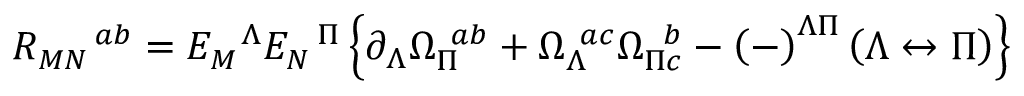
R _ { M N } ^ { \ \ \ \ a b } = E _ { M } ^ { \ \ \Lambda } E _ { N } ^ { \ \ \Pi } \left\{ \partial _ { \Lambda } \Omega _ { \Pi } ^ { \ a b } + \Omega _ { \Lambda } ^ { \ a c } \Omega _ { \Pi c } ^ { \ \, b } - \left( - \right) ^ { \Lambda \Pi } \left( \Lambda \leftrightarrow \Pi \right) \right\}